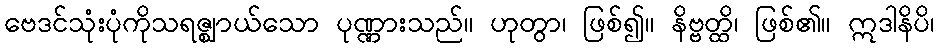
ဗေဒင်သုံးပုံကိုသရဇ္ဈာယ်သော ပုဏ္ဏားသည်။ ဟုတွာ၊ ဖြစ်၍။ နိဗ္ဗတ္ထိ၊ ဖြစ်၏။ ဣဒါနိပိ၊